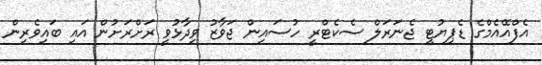
އެފްއޭއެމްގެ ޑެޕިޔުޓީ ޖެނަރަލް ސެކެޓްރީ ހުސައިން ޖަވާޒު ވިދާޅުވީ ރަށްރަށުން އައި ބައިވެރިން